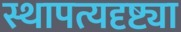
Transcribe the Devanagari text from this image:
स्थापत्यदृष्ट्या